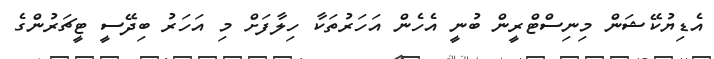
އެޑިޔުކޭޝަން މިނިސްޓްރީން ބުނީ އެހެން އަހަރުތަކާ ހިލާފަށް މި އަހަރު ބިދޭސީ ޓީޗަރުންގެ